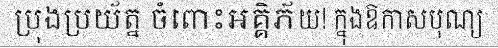
ប្រុងប្រយ័ត្ន ចំពោះអគ្គិភ័យ! ក្នុងឱកាសបុណ្យ